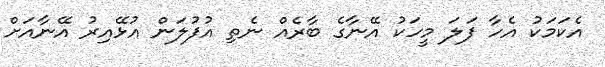
އެކަމަކު އެހާ ފަލަ މީހަކު އޭނާގެ ބާރެއް ނެތި އުފުލަން އުޅޭއިރު އޭނާއަށް